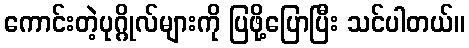
ကောင်းတဲ့ပုဂ္ဂိုလ်များကို ပြဖို့ပြောပြီး သင်ပါတယ်။